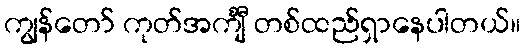
ကျွန်တော် ကုတ်အင်္ကျီ တစ်ထည်ရှာနေပါတယ်။